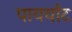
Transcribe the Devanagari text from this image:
पायर्याट